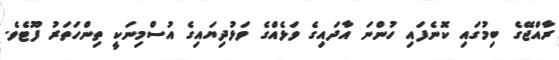
ރާއްޖޭގެ ބިމުގައި ކޮނެފައި ހުންނަ އާދައިގެ ވަޅެއްގެ ވަޅުދިޔައިގެ އުސްމިނަކީ ތިންހަތަރު ފޫޓެވެ.